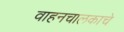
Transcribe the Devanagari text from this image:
वाहनचालकाचे